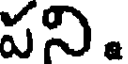
పని.